Annual administration and progress report of the Indian Medical Department, Bombay
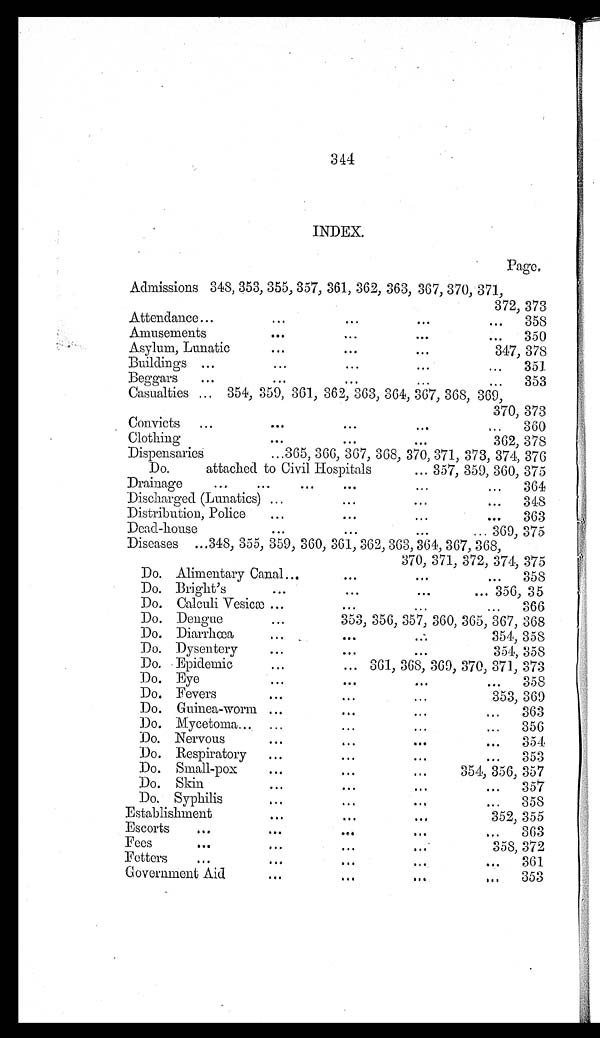
344
INDEX.
Page.
Admissions 348, 353, 355, 357, 361, 362, 363, 367, 370, 371,
372, 373
Attendance . . .
358
Amusements . . .
350
Asylum, Lunatic . . .
347, 378
Buildings . . .
351
Beggars . . .
353
Casualties . . .
354, 359, 361, 362, 363, 364, 367, 368, 369,
370, 373
Convicts . . .
360
Clothing . . .
362, 378
Dispensaries . . .
3 6 5 , 3 6 6 , 3 6 7 , 3 6 8 , 3 7 0 , 3 7 1 , 3 7 3 , 3 7 4 , 3 7 6
Do. attached to Civil Hospitals . . .
357, 359, 360, 375
Drainage . . .
364
Discharged (Lunatics) . . .
348
Distribution, Police . . .
363
Dead-house . . .
369, 375
Diseases . . .
348, 355, 359, 360, 361, 362, 363, 364, 367, 368,
370, 371, 372, 374, 375
Do. Alimentary Canal . . .
358
Do. Bright's . . .
356, 35
Do. Calculi Vesicæ . . .
366
Do. Dengue . . .
353, 356, 357, 360, 365, 367, 368
Do. Diarrhœa . . .
354, 358
Do. Dysentery . . .
354, 358
Do. Epidemic . . .
361, 368, 369, 370, 371, 373
Do. Eye . . .
358
Do. Fevers . . .
353, 369
Do. Guinea-worm . . .
363
Do. Mycetoma . . .
356
Do. Nervous . . .
354
Do. Respiratory . . .
353
Do. Small-pox . . .
354, 356, 357
Do. Skin . . .
357
Do. Syphilis . . .
358
Establishment . . .
352, 355
Escorts . . .
363
Fees . . .
358, 372
Fetters . . .
361
Government Aid . . .
353